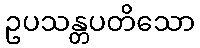
ဥပသန္တပတိသော